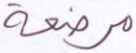
مرضعة